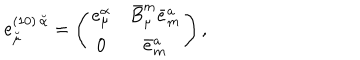
e _ { \breve { \mu } } ^ { ( 1 0 ) \, \breve { \alpha } } = \left( \begin{matrix} { { e _ { \mu } ^ { \alpha } } } & { { \bar { B } _ { \mu } ^ { m } \bar { e } _ { m } ^ { a } } } \\ { { 0 } } & { { \bar { e } _ { m } ^ { a } } } \\ \end{matrix} \right) ,